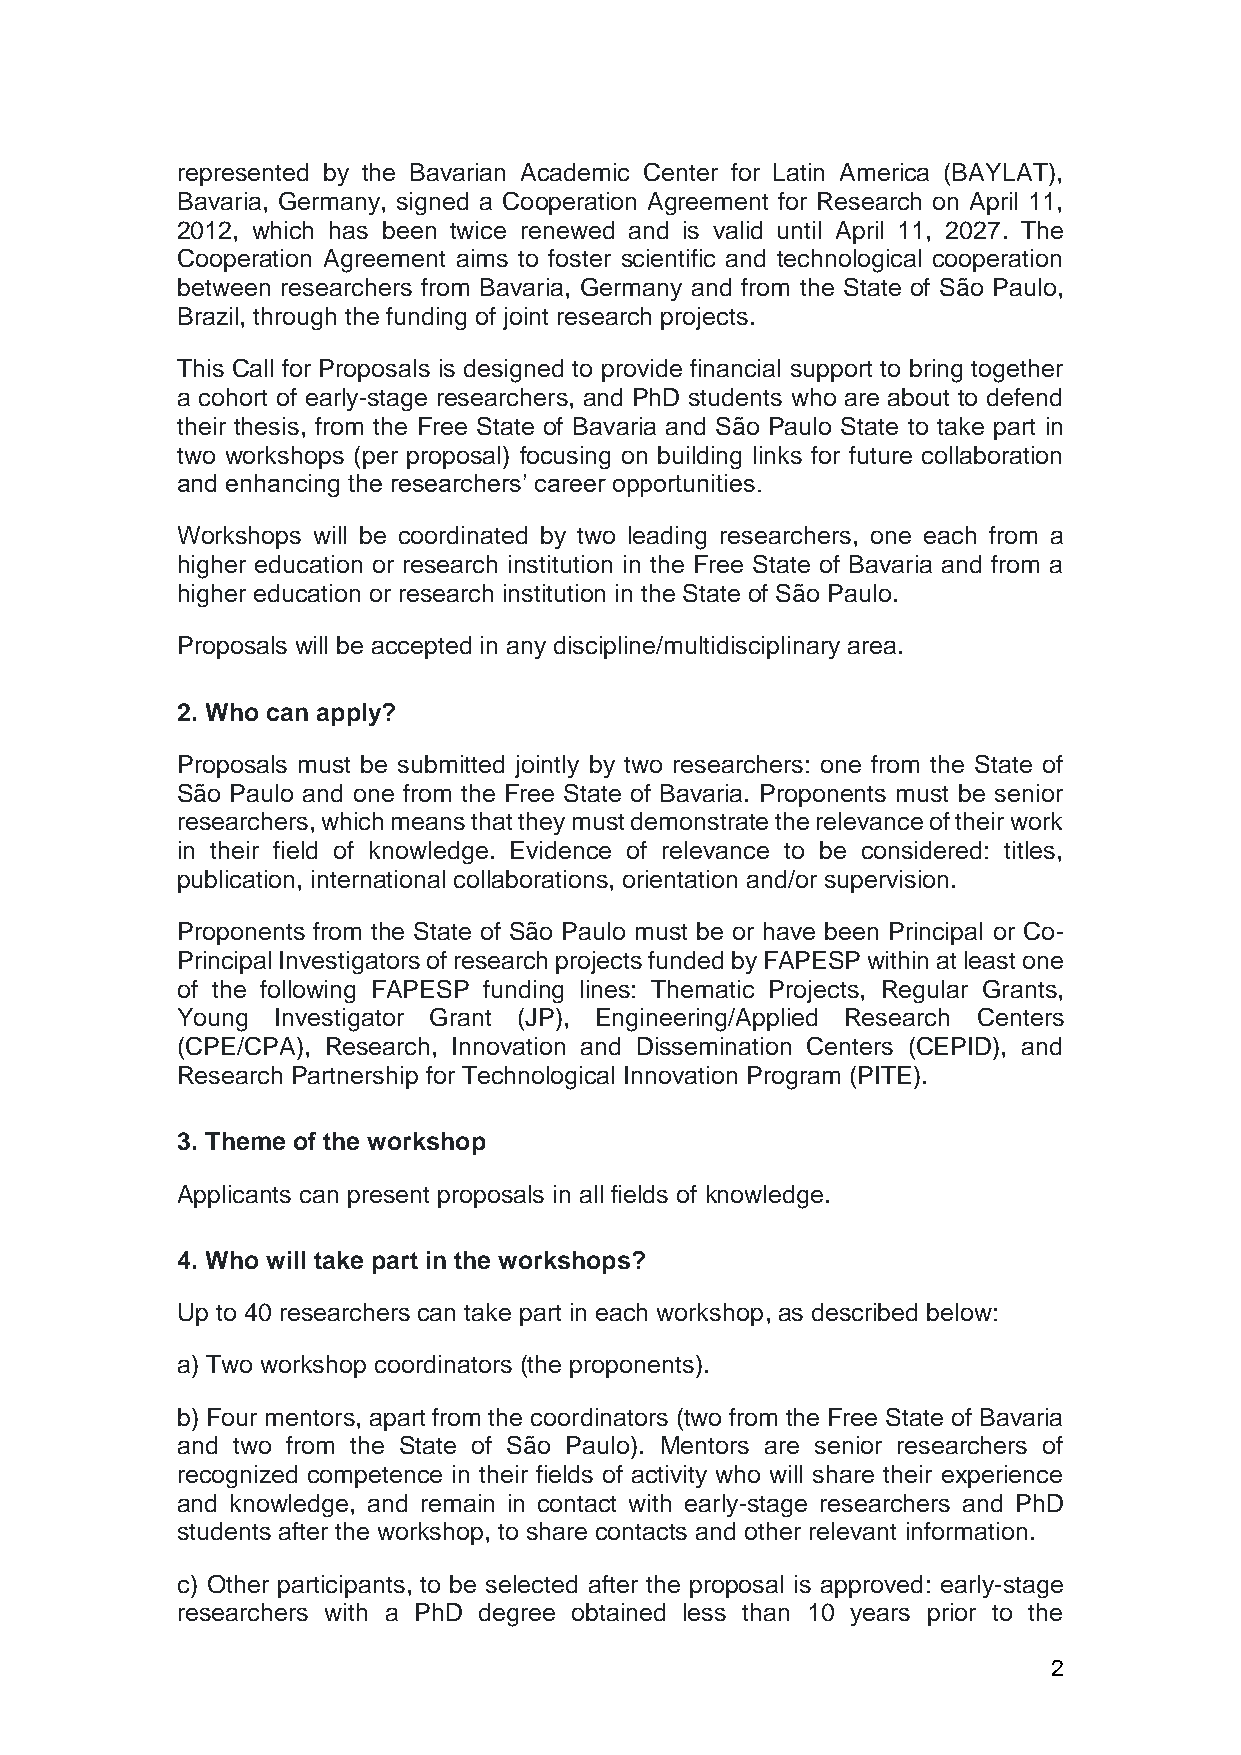
represented by the Bavarian Academic Center for Latin America (BAYLAT),
 Bavaria, Germany, signed a Cooperation Agreement for Research on April 11,
 2012, which has been twice renewed and is valid until April 11, 2027. The
 Cooperation Agreement aims to foster scientific and technological cooperation
 between researchers from Bavaria, Germany and from the State of São Paulo,
 Brazil, through the funding of joint research projects.
 This Call for Proposals is designed to provide financial support to bring together
 a cohort of early-stage researchers, and PhD students who are about to defend
 their thesis, from the Free State of Bavaria and São Paulo State to take part in
 two workshops (per proposal) focusing on building links for future collaboration
 and enhancing the researchers’ career opportunities.
 Workshops will be coordinated by two leading researchers, one each from a
 higher education or research institution in the Free State of Bavaria and from a
 higher education or research institution in the State of São Paulo.
 Proposals will be accepted in any discipline/multidisciplinary area.
 2. Who can apply?
 Proposals must be submitted jointly by two researchers: one from the State of
 São Paulo and one from the Free State of Bavaria. Proponents must be senior
 researchers, which means that they must demonstrate the relevance of their work
 in their field of knowledge. Evidence of relevance to be considered: titles,
 publication, international collaborations, orientation and/or supervision.
 Proponents from the State of São Paulo must be or have been Principal or Co-
 Principal Investigators of research projects funded by FAPESP within at least one
 of the following FAPESP funding lines: Thematic Projects, Regular Grants,
 Young Investigator Grant (JP), Engineering/Applied Research Centers
 (CPE/CPA), Research, Innovation and Dissemination Centers (CEPID), and
 Research Partnership for Technological Innovation Program (PITE).
 3. Theme of the workshop
 Applicants can present proposals in all fields of knowledge.
 4. Who will take part in the workshops?
 Up to 40 researchers can take part in each workshop, as described below:
 a) Two workshop coordinators (the proponents).
 b) Four mentors, apart from the coordinators (two from the Free State of Bavaria
 and two from the State of São Paulo). Mentors are senior researchers of
 recognized competence in their fields of activity who will share their experience
 and knowledge, and remain in contact with early-stage researchers and PhD
 students after the workshop, to share contacts and other relevant information.
 c) Other participants, to be selected after the proposal is approved: early-stage
 researchers with a PhD degree obtained less than 10 years prior to the
 2